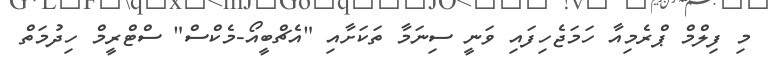
މި ފިލްމް ޕްރެމިއާ ހަމަޖެހިފައި ވަނީ ސިނަމާ ތަކަށާއި "އެޗްބީއޯ-މެކްސް" ސްޓްރީމް ހިދުމަތް